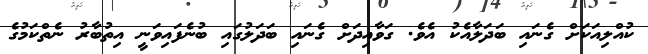
ކުއްލިއަކަށް ގެނައި ބަދަލާއެކު އެވެ. ގަވާއިދަށް ގެނައި ބަދަލުގައި ބުނެފައިވަނީ އިތުބާރު ނެތްކަމުގެ